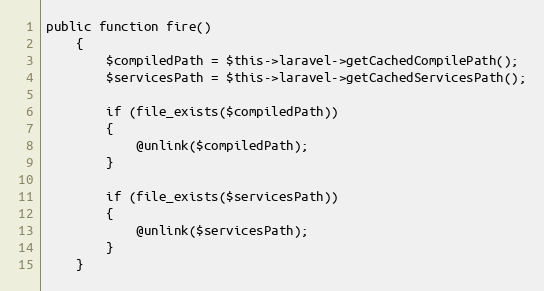
Language: PHP
public function fire()
	{
		$compiledPath = $this->laravel->getCachedCompilePath();
		$servicesPath = $this->laravel->getCachedServicesPath();

		if (file_exists($compiledPath))
		{
			@unlink($compiledPath);
		}

		if (file_exists($servicesPath))
		{
			@unlink($servicesPath);
		}
	}